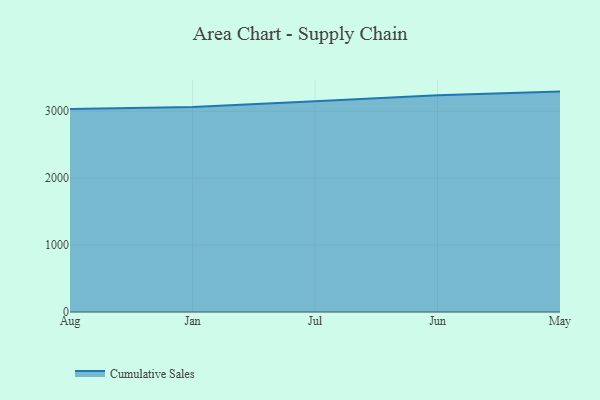
{"axis": {"x": "Month", "y": "Headcount"}, "legend": ["Cumulative Sales"], "data": [{"x": "Aug", "y": 3033.2, "type": "Cumulative Sales"}, {"x": "Jan", "y": 3065.6, "type": "Cumulative Sales"}, {"x": "Jul", "y": 3150.4, "type": "Cumulative Sales"}, {"x": "Jun", "y": 3240.9, "type": "Cumulative Sales"}, {"x": "May", "y": 3294.1, "type": "Cumulative Sales"}]}